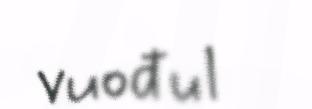
vuođul